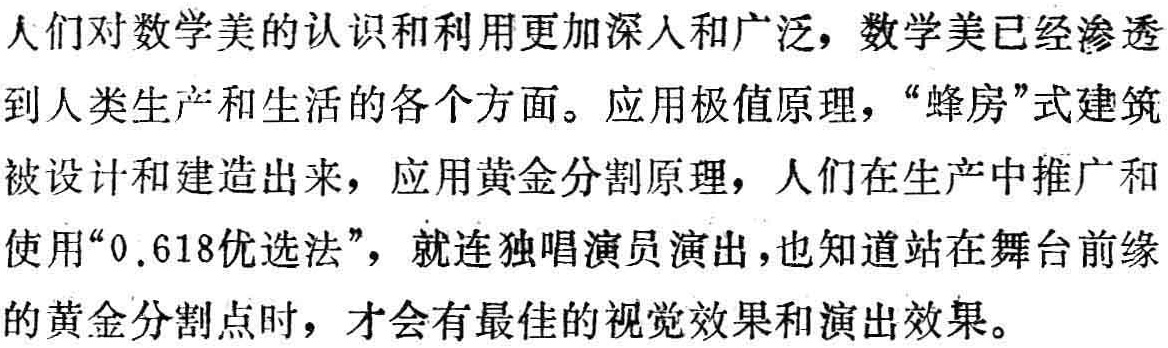
人们对数学美的认识和利用更加深入和广泛，数学美已经渗透到人类生产和生活的各个方面。应用极值原理，“蜂房”式建筑被设计和建造出来，应用黄金分割原理，人们在生产中推广和使用“0.618优选法”，就连独唱演员演出，也知道站在舞台前缘的黄金分割点时，才会有最佳的视觉效果和演出效果。